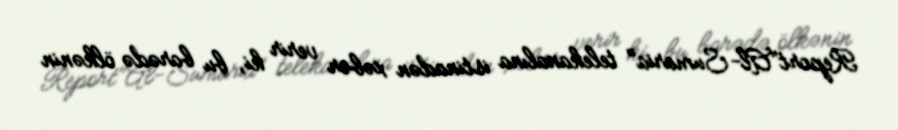
Report"Al-Sumaria" telekanalına istinadən xəbər verir ki, bu barədə ölkənin